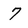
Character: 7